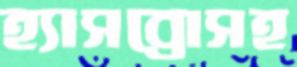
হ্যাসব্রোসহ